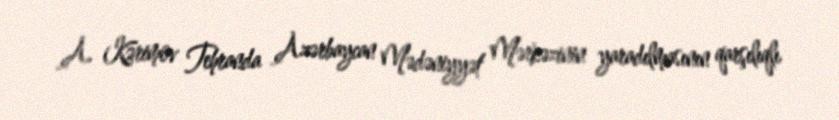
A. Kərimov Tehranda Azərbaycan Mədəniyyət Mərkəzinin yaradılmasının qarşılıqlı